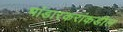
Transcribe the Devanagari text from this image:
भांडारकरांकडील